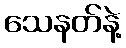
သေနတ်နဲ့